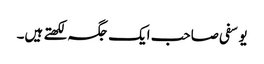
یوسفی صاحب ایک جگہ لکھتے ہیں۔